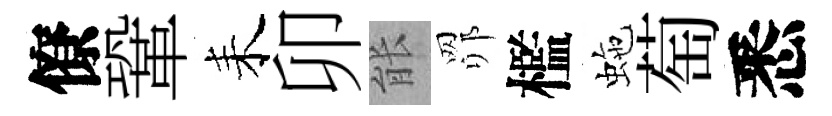
僚鞏耒卯䏻𦊑檻虵萄悉